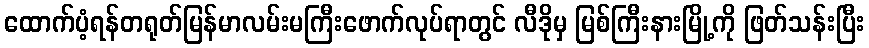
ထောက်ပံ့ရန်တရုတ်မြန်မာလမ်းမကြီးဖောက်လုပ်ရာတွင် လီဒိုမှ မြစ်ကြီးနားမြို့ကို ဖြတ်သန်းပြီး